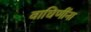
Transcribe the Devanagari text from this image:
वाघिणींना